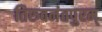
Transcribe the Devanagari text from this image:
तिरुवनंतपुरम्‌